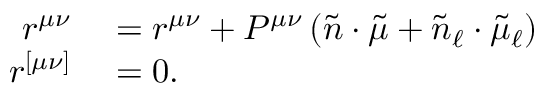
\begin{array} { r l } { r ^ { \mu \nu } } & { { } = r ^ { \mu \nu } + P ^ { \mu \nu } \left( \tilde { n } \cdot \tilde { \mu } + \tilde { n } _ { \ell } \cdot \tilde { \mu } _ { \ell } \right) } \\ { r ^ { [ \mu \nu ] } } & { { } = 0 . } \end{array}